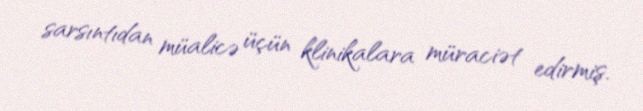
sarsıntıdan müalicə üçün klinikalara müraciət edirmiş.